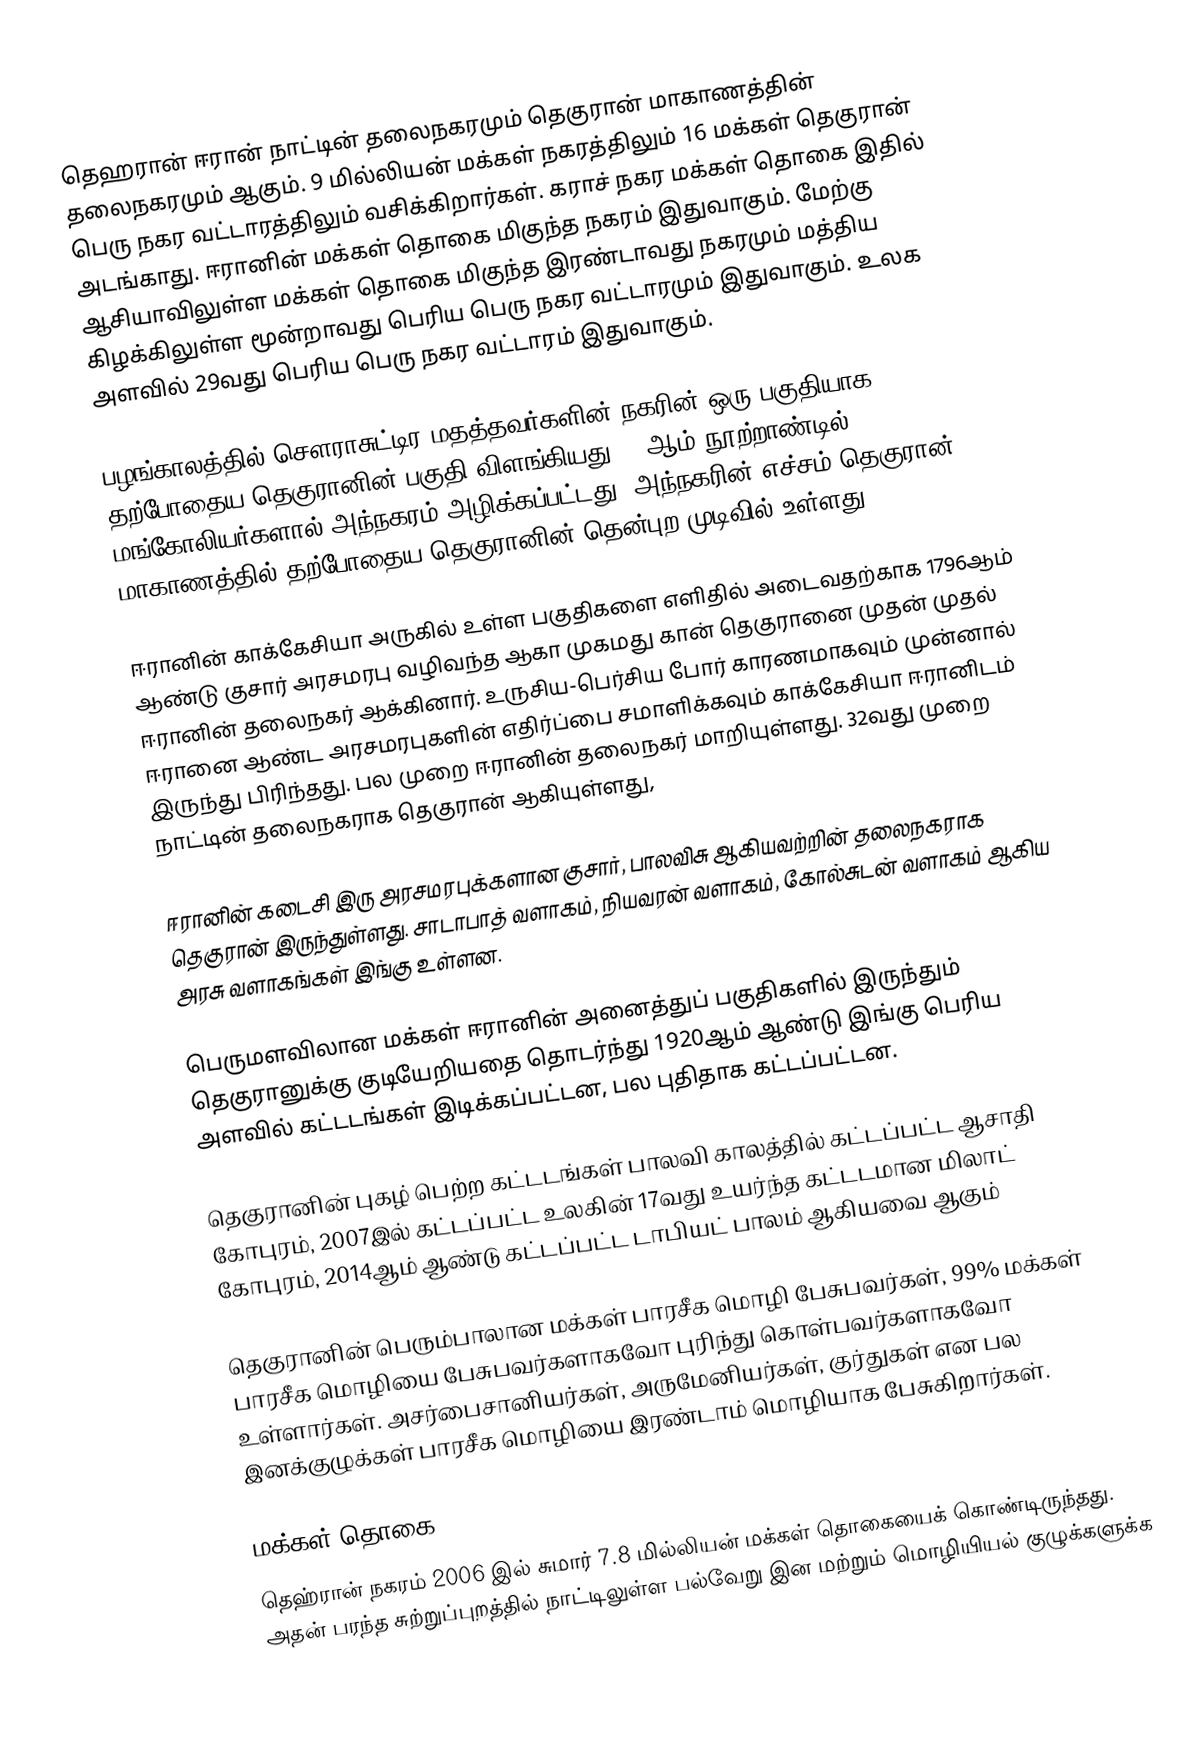
தெஹரான் ஈரான் நாட்டின் தலைநகரமும் தெகுரான் மாகாணத்தின் தலைநகரமும் ஆகும். 9 மில்லியன் மக்கள் நகரத்திலும் 16 மக்கள் தெகுரான் பெரு நகர வட்டாரத்திலும் வசிக்கிறார்கள். கராச் நகர மக்கள் தொகை இதில் அடங்காது. ஈரானின் மக்கள் தொகை மிகுந்த நகரம் இதுவாகும். மேற்கு ஆசியாவிலுள்ள மக்கள் தொகை மிகுந்த இரண்டாவது நகரமும் மத்திய கிழக்கிலுள்ள மூன்றாவது பெரிய பெரு நகர வட்டாரமும் இதுவாகும். உலக அளவில் 29வது பெரிய பெரு நகர வட்டாரம் இதுவாகும்.

பழங்காலத்தில் சௌராசுட்டிர மதத்தவர்களின் நகரின் ஒரு பகுதியாக தற்போதைய தெகுரானின் பகுதி விளங்கியது. 13ஆம் நூற்றாண்டில் மங்கோலியர்களால் அந்நகரம் அழிக்கப்பட்டது. அந்நகரின் எச்சம் தெகுரான் மாகாணத்தில் தற்போதைய தெகுரானின் தென்புற முடிவில் உள்ளது

ஈரானின் காக்கேசியா அருகில் உள்ள பகுதிகளை எளிதில் அடைவதற்காக 1796ஆம் ஆண்டு குசார் அரசமரபு வழிவந்த ஆகா முகமது கான் தெகுரானை முதன் முதல் ஈரானின் தலைநகர் ஆக்கினார். உருசிய-பெர்சிய போர் காரணமாகவும் முன்னால் ஈரானை ஆண்ட அரசமரபுகளின் எதிர்ப்பை சமாளிக்கவும் காக்கேசியா ஈரானிடம் இருந்து பிரிந்தது. பல முறை ஈரானின் தலைநகர் மாறியுள்ளது. 32வது முறை நாட்டின் தலைநகராக தெகுரான் ஆகியுள்ளது,

ஈரானின் கடைசி இரு அரசமரபுக்களான குசார், பாலவிசு ஆகியவற்றின் தலைநகராக தெகுரான் இருந்துள்ளது. சாடாபாத் வளாகம், நியவரன் வளாகம், கோல்சுடன் வளாகம் ஆகிய அரசு வளாகங்கள் இங்கு உள்ளன.

பெருமளவிலான மக்கள் ஈரானின் அனைத்துப் பகுதிகளில் இருந்தும் தெகுரானுக்கு குடியேறியதை தொடர்ந்து 1920ஆம் ஆண்டு இங்கு பெரிய அளவில் கட்டடங்கள் இடிக்கப்பட்டன, பல புதிதாக கட்டப்பட்டன.

தெகுரானின் புகழ் பெற்ற கட்டடங்கள் பாலவி காலத்தில் கட்டப்பட்ட ஆசாதி கோபுரம், 2007இல் கட்டப்பட்ட உலகின் 17வது உயர்ந்த கட்டடமான மிலாட் கோபுரம், 2014ஆம் ஆண்டு கட்டப்பட்ட டாபியட் பாலம் ஆகியவை ஆகும்

தெகுரானின் பெரும்பாலான மக்கள் பாரசீக மொழி பேசுபவர்கள், 99% மக்கள் பாரசீக மொழியை பேசுபவர்களாகவோ புரிந்து கொள்பவர்களாகவோ உள்ளார்கள். அசர்பைசானியர்கள், அருமேனியர்கள், குர்துகள் என பல இனக்குழுக்கள் பாரசீக மொழியை இரண்டாம் மொழியாக பேசுகிறார்கள்.

மக்கள் தொகை
தெஹ்ரான் நகரம் 2006 இல் சுமார் 7.8 மில்லியன் மக்கள் தொகையைக் கொண்டிருந்தது.  அதன் பரந்த சுற்றுப்புறத்தில் நாட்டிலுள்ள பல்வேறு இன மற்றும் மொழியியல் குழுக்களுக்க